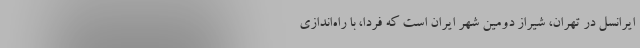
ایرانسل در تهران، شیراز دومین شهر ایران است که فردا، با راه‌اندازی